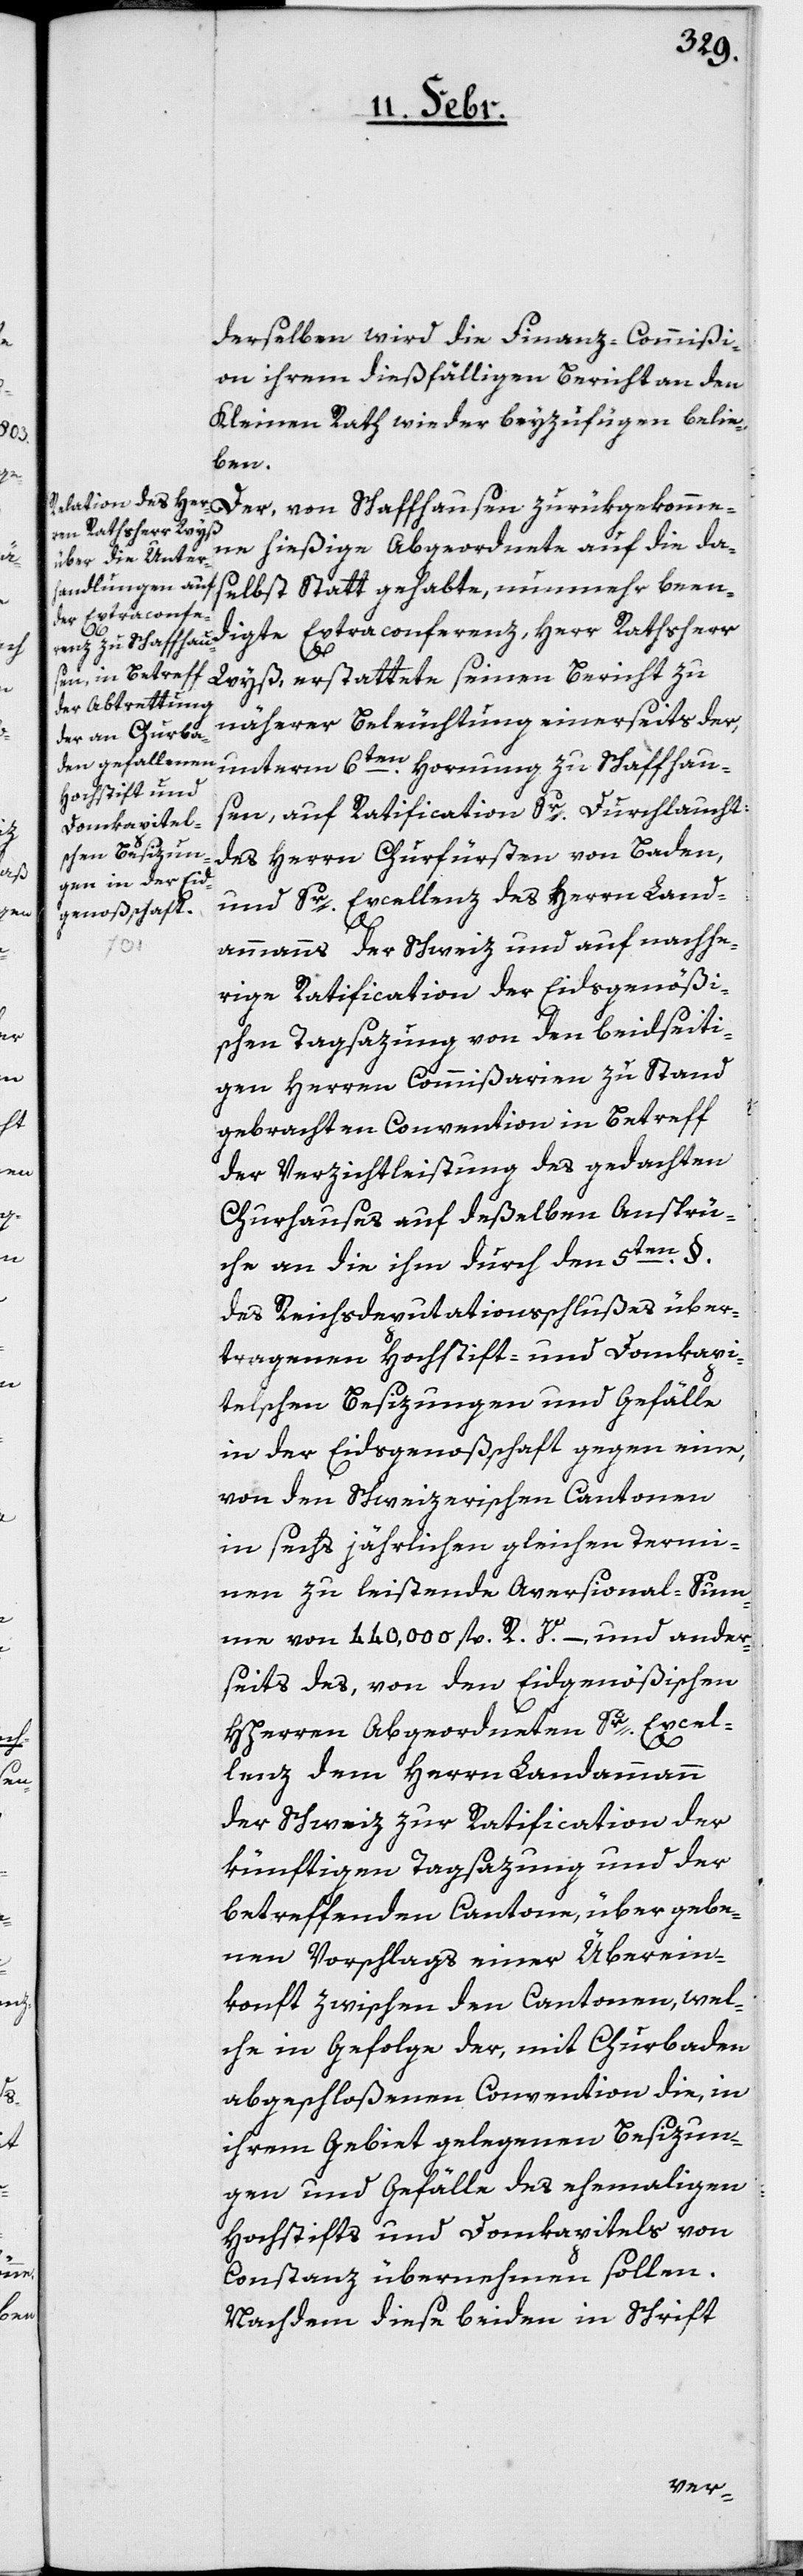
ekomme¬

derselben wird die Finanz-Commißi¬
on ihrem dießfälligen Bericht an den
Kleinen Rath wieder beyzufügen belie¬
ben.
ne hießige Abgeordnete auf die da¬
selbst Statt gehabte, nunmehr been¬
digte Extraconferenz, Herr Rathsherr
Wyß, erstattete seinen Bericht zu
näherer Beleuchtung einerseits der,
unterm 6ten. Hornung zu Schaffhau¬
sen, auf Ratification Sr. Durchlaucht:
des Herrn Churfürsten von Baden,
und Sr. Excellenz des Herrn Land¬
Der,
ükg¬
ammanns der Schweiz und auf nachhe¬
rige Ratification der Eidsgenößi¬
schen Tagsazung von den beidseiti¬
gen Herren Commißarien zu Stand
gebrachten Convention in Betreff
der Verzichtleistung des gedachten
Churhauses auf deßelben Ansprü¬
che an die ihm durch den 5ten. §.
des Reichsdeputationsschlußes über¬
tragenen Hochstift- und Domkapi¬
telschen Besizungen und Gefälle
in der Eidgenoßschaft gegen eine,
von den Schweizerischen Cantonen
in sechs jährlichen gleichen Termi¬
nen zu leistende Aversional-Sum¬
me von 440,000 fl. R. V. –, und ander¬
seits des, von den Eidgenößischen
HHerren Abgeordneten Sr. Excel¬
lenz dem Herrn Landammann
der Schweiz zur Ratification der
künftigen Tagsazung und der
betreffenden Cantone, übergebe¬
nen Vorschlags einer Überein¬
konft zwischen den Cantonen, wel¬
che in Gefolge der, mit Churbaden
abgeschloßenen Convention die, in
ihrem Gebiet gelegenen Besizun¬
gen und Gefälle des ehemaligen
Hochstifts und Domkapitels von
Constanz übernehmen sollen.
Nachdem diese beiden in Schrift